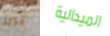
تبرز الميدالية